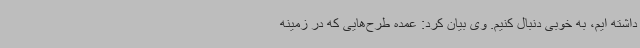
داشته ایم، به خوبی دنبال کنیم. وی بیان کرد: عمده طرح‌هایی که در زمینه